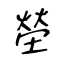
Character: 塋